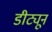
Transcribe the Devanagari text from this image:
डीट्यून